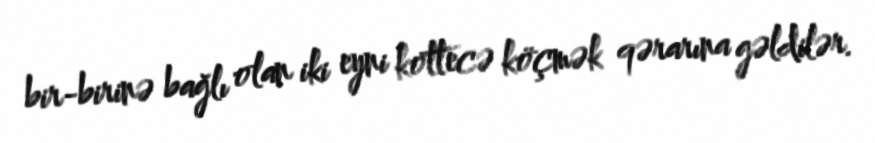
bir-birinə bağlı olan iki eyni kottecə köçmək qərarına gəldilər.